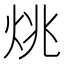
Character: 烑